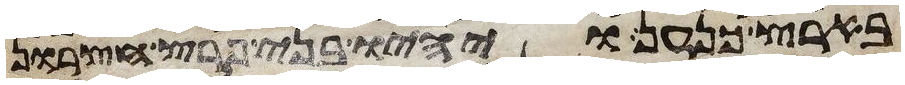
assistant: בארץ כנען ויהיו בני פרץ חצרון